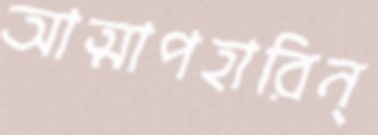
আত্মাপহারিন্